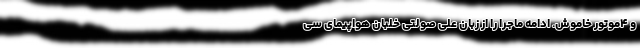
و ۴موتور خاموش. ادامه ماجرا را از زبان علی صولتی خلبان هواپیمای سی